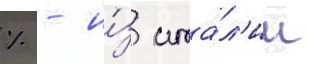
% - и́з ита́л'ии